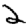
Digit: 2